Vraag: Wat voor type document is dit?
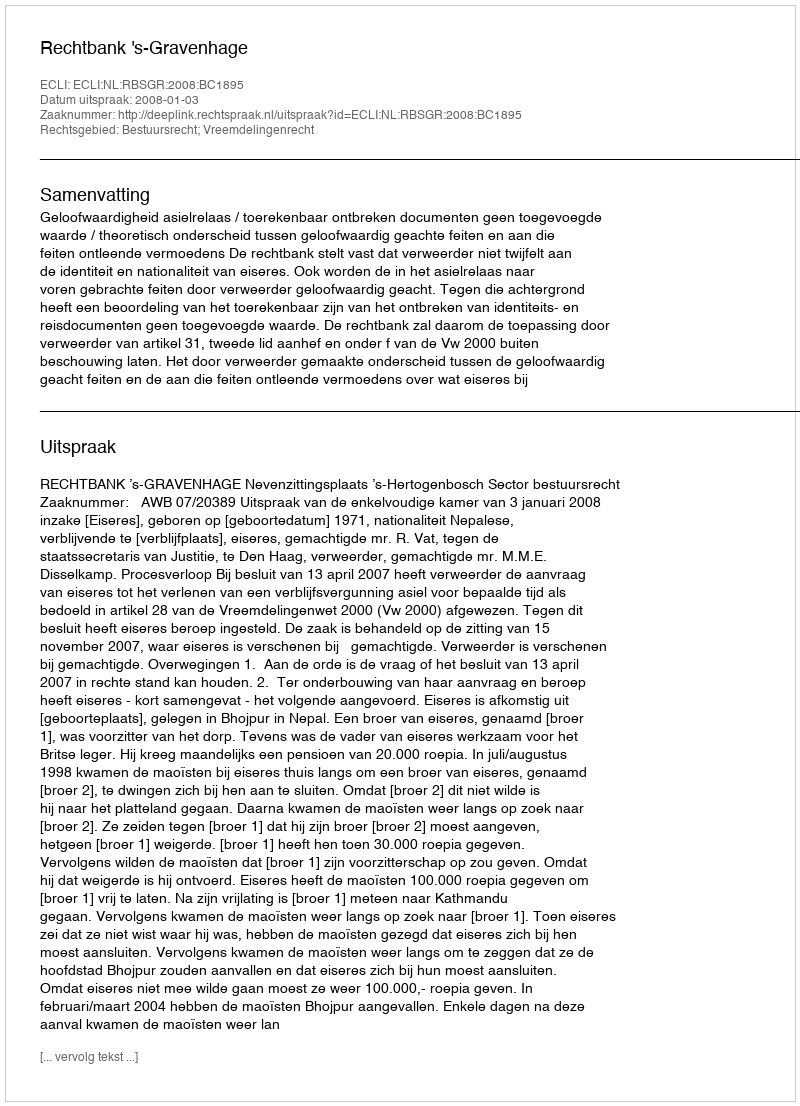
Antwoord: Uitspraak